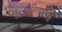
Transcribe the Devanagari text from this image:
पोहोचविण्याकरिता